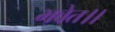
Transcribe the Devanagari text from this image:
भवेत।।